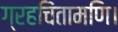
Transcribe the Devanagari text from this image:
ग्रहचिंतामणि।